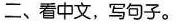
二、看中文，写句子。